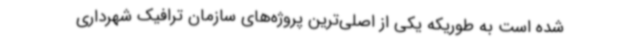
شده است به طوریکه یکی از اصلی‌ترین پروژه‌های سازمان ترافیک شهرداری